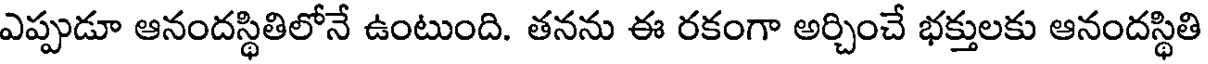
ఎప్పుడూ ఆనందస్థితిలోనే ఉంటుంది. తనను ఈ రకంగా అర్చించే భక్తులకు ఆనందస్థితి